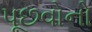
પૂછવોનો